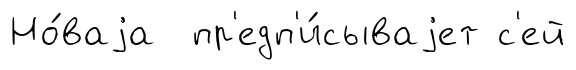
Но́ваjа пр'едп'и́сываjет с'ей